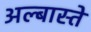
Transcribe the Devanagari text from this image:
अल्बास्ते